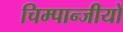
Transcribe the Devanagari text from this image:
चिम्पान्जीयों